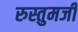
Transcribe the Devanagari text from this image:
रुस्तुमजी